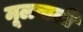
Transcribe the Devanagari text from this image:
मूलवाली